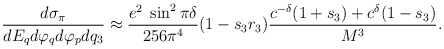
\begin{align*}{d\sigma_{\pi}\over d E_q d\varphi_q d\varphi_p dq_3} \approx{e^2\;\sin^2\pi\delta\over 256\pi^4 } (1-s_3 r_3){c^{-\delta}(1+s_3) + c^{\delta} (1-s_3)\over M^3}.\end{align*}